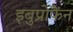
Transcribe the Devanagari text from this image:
इबुप्रोफेंन